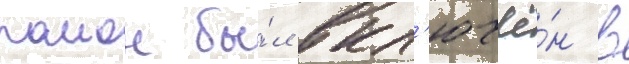
раион бы́л вкл'ючё́н в